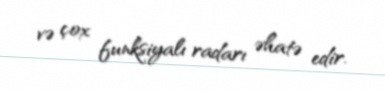
və çox funksiyalı radarı əhatə edir.